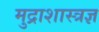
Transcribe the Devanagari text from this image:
मुद्राशास्त्रज्ञ